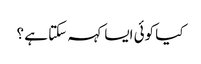
کیا کوئی ایسا کہہ سکتا ہے ؟